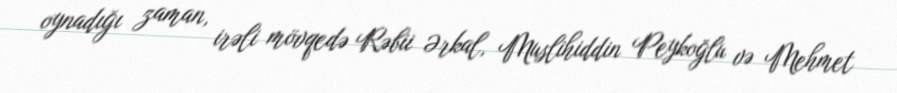
oynadığı zaman, irəli mövqedə Rəbii Ərkal, Muslihiddin Peykoğlu və Mehmet